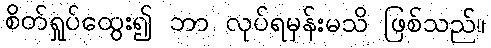
စိတ်ရှုပ်ထွေး၍ ဘာ လုပ်ရမှန်းမသိ ဖြစ်သည်။